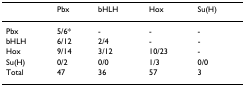
<table><thead><tr><td></td><td><b>Pbx</b></td><td><b>bHLH</b></td><td><b>Hox</b></td><td><b>Su(H)</b></td></tr></thead><tbody><tr><td>Pbx</td><td>5/6*</td><td>-</td><td>-</td><td>-</td></tr><tr><td>bHLH</td><td>6/12</td><td>2/4</td><td>-</td><td>-</td></tr><tr><td>Hox</td><td>9/14</td><td>3/12</td><td>10/23</td><td>-</td></tr><tr><td>Su(H)</td><td>0/2</td><td>0/0</td><td>1/3</td><td>0/0</td></tr><tr><td>Total</td><td>47</td><td>36</td><td>57</td><td>3</td></tr></tbody></table>